Report on the lunatic asylums under the Government of Bombay - 1904-1913
Year: 1904
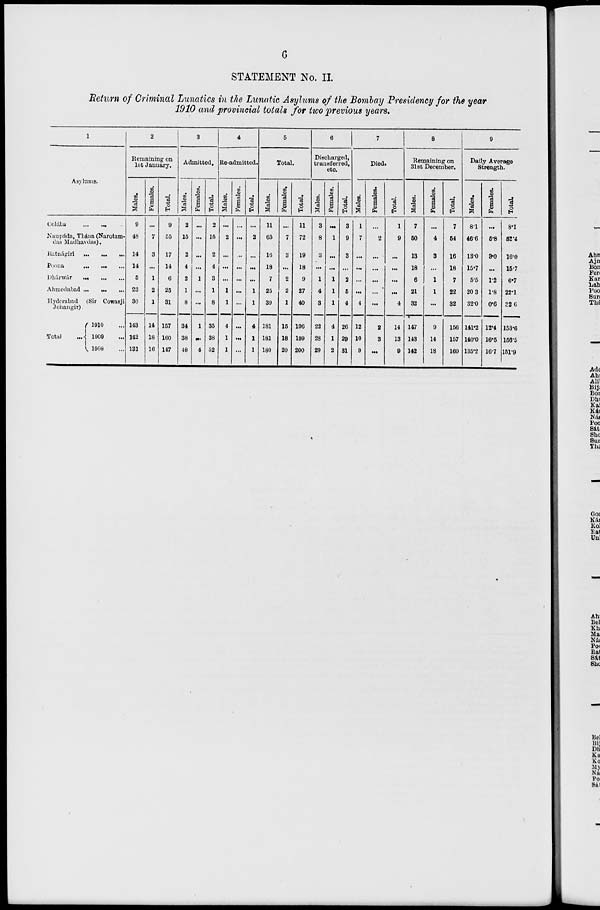
6
STATEMENT No. II
Return of Criminal Lunatics in the Lunatic Asylums of the Bombay Presidency for the year
1910 and provincial totals for two previous years.
1
Asylums.
Colába
...
... ...
Naupáda, Thána (Narotam-
das Madhavdas).
Ratnágiri ... ... ...
Poona
...
...
...
Dhárwár ... ...
...
Ahmedabad ... ... ...
Hyderabad (Sir Cowasji
Jehangir)
Total ...
1910 ...
1909 ...
1908 ...
2
Remaining on
let January.
Males.
9
48
14
14
5
23
30
143
142
131
Females.
...
7
3
...
1
2
1
14
18
16
Total.
9
55
17
14
6
25
31
157
160
147
3
Admitted.
Males.
2
15
2
4
2
1
8
34
38
48
Females.
...
...
...
...
1
...
...
1
...
4
Total.
2
15
2
4
3
1
8
35
38
52
4
Re-admitted.
Males.
...
2
...
...
...
1
1
4
1
1
Females.
...
...
...
...
...
...
...
...
...
...
Total.
...
2
...
...
...
1
1
4
1
1
5
Total.
Males.
11
65
16
18
7
25
39
181
181
180
Females.
...
7
3
...
2
2
1
15
18
20
Total.
11
72
19
18
9
27
40
196
199
200
6
Discharged,
traneferred,
etc.
Males.
3
8
3
...
1
4
3
22
28
29
Females.
...
1
...
...
1
1
1
4
1
2
Total.
3
9
3
...
2
5
4
26
29
31
7
Died.
Males.
1
7
...
...
...
...
4
12
10
9
Females.
...
2
...
...
...
...
...
2
3
...
Total.
1
9
...
...
...
...
4
14
13
9
8
Remaining on
31st December.
Males.
7
50
13
18
6
21
32
147
143
142
Females.
...
4
3
...
1
1
...
9
14
18
Total.
7
54
16
18
7
22
32
156
157
160
9
Daily Average
Strength.
Males.
8.1
46.6
13.0
15.7
5.5
20.3
32.0
141.2
140.0
135.2
Females.
...
5.8
3.0
...
1.2
1.8
0.6
12.4
16.5
16.7
Total.
8.1
52.4
16.0
15.7
6.7
22.1
32.6
153.6
156.5
151.9